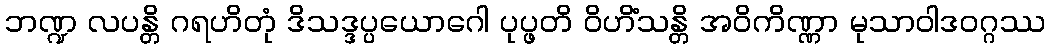
ဘဏ္ဍ လပန္တိ ဂရဟိတုံ ဒိသဒ္ဒပ္ပယောဂေါ ပုပ္ဖတိ ဝိဟိံသန္တိ အဝိကိဏ္ဏာ မုသာဝါဒဝဂ္ဂဿ